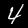
Label: 4